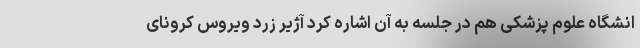
انشگاه علوم پزشکی هم در جلسه به آن اشاره کرد آژیر زرد ویروس کرونای